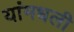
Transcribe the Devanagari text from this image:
यांमधली